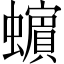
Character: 𧓍